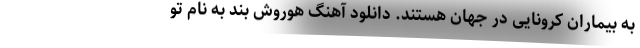
به بیماران کرونایی در جهان هستند. دانلود آهنگ هوروش بند به نام تو